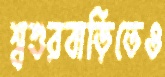
শ্বশুরবাড়িতেও